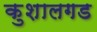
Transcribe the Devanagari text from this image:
कुशालगड